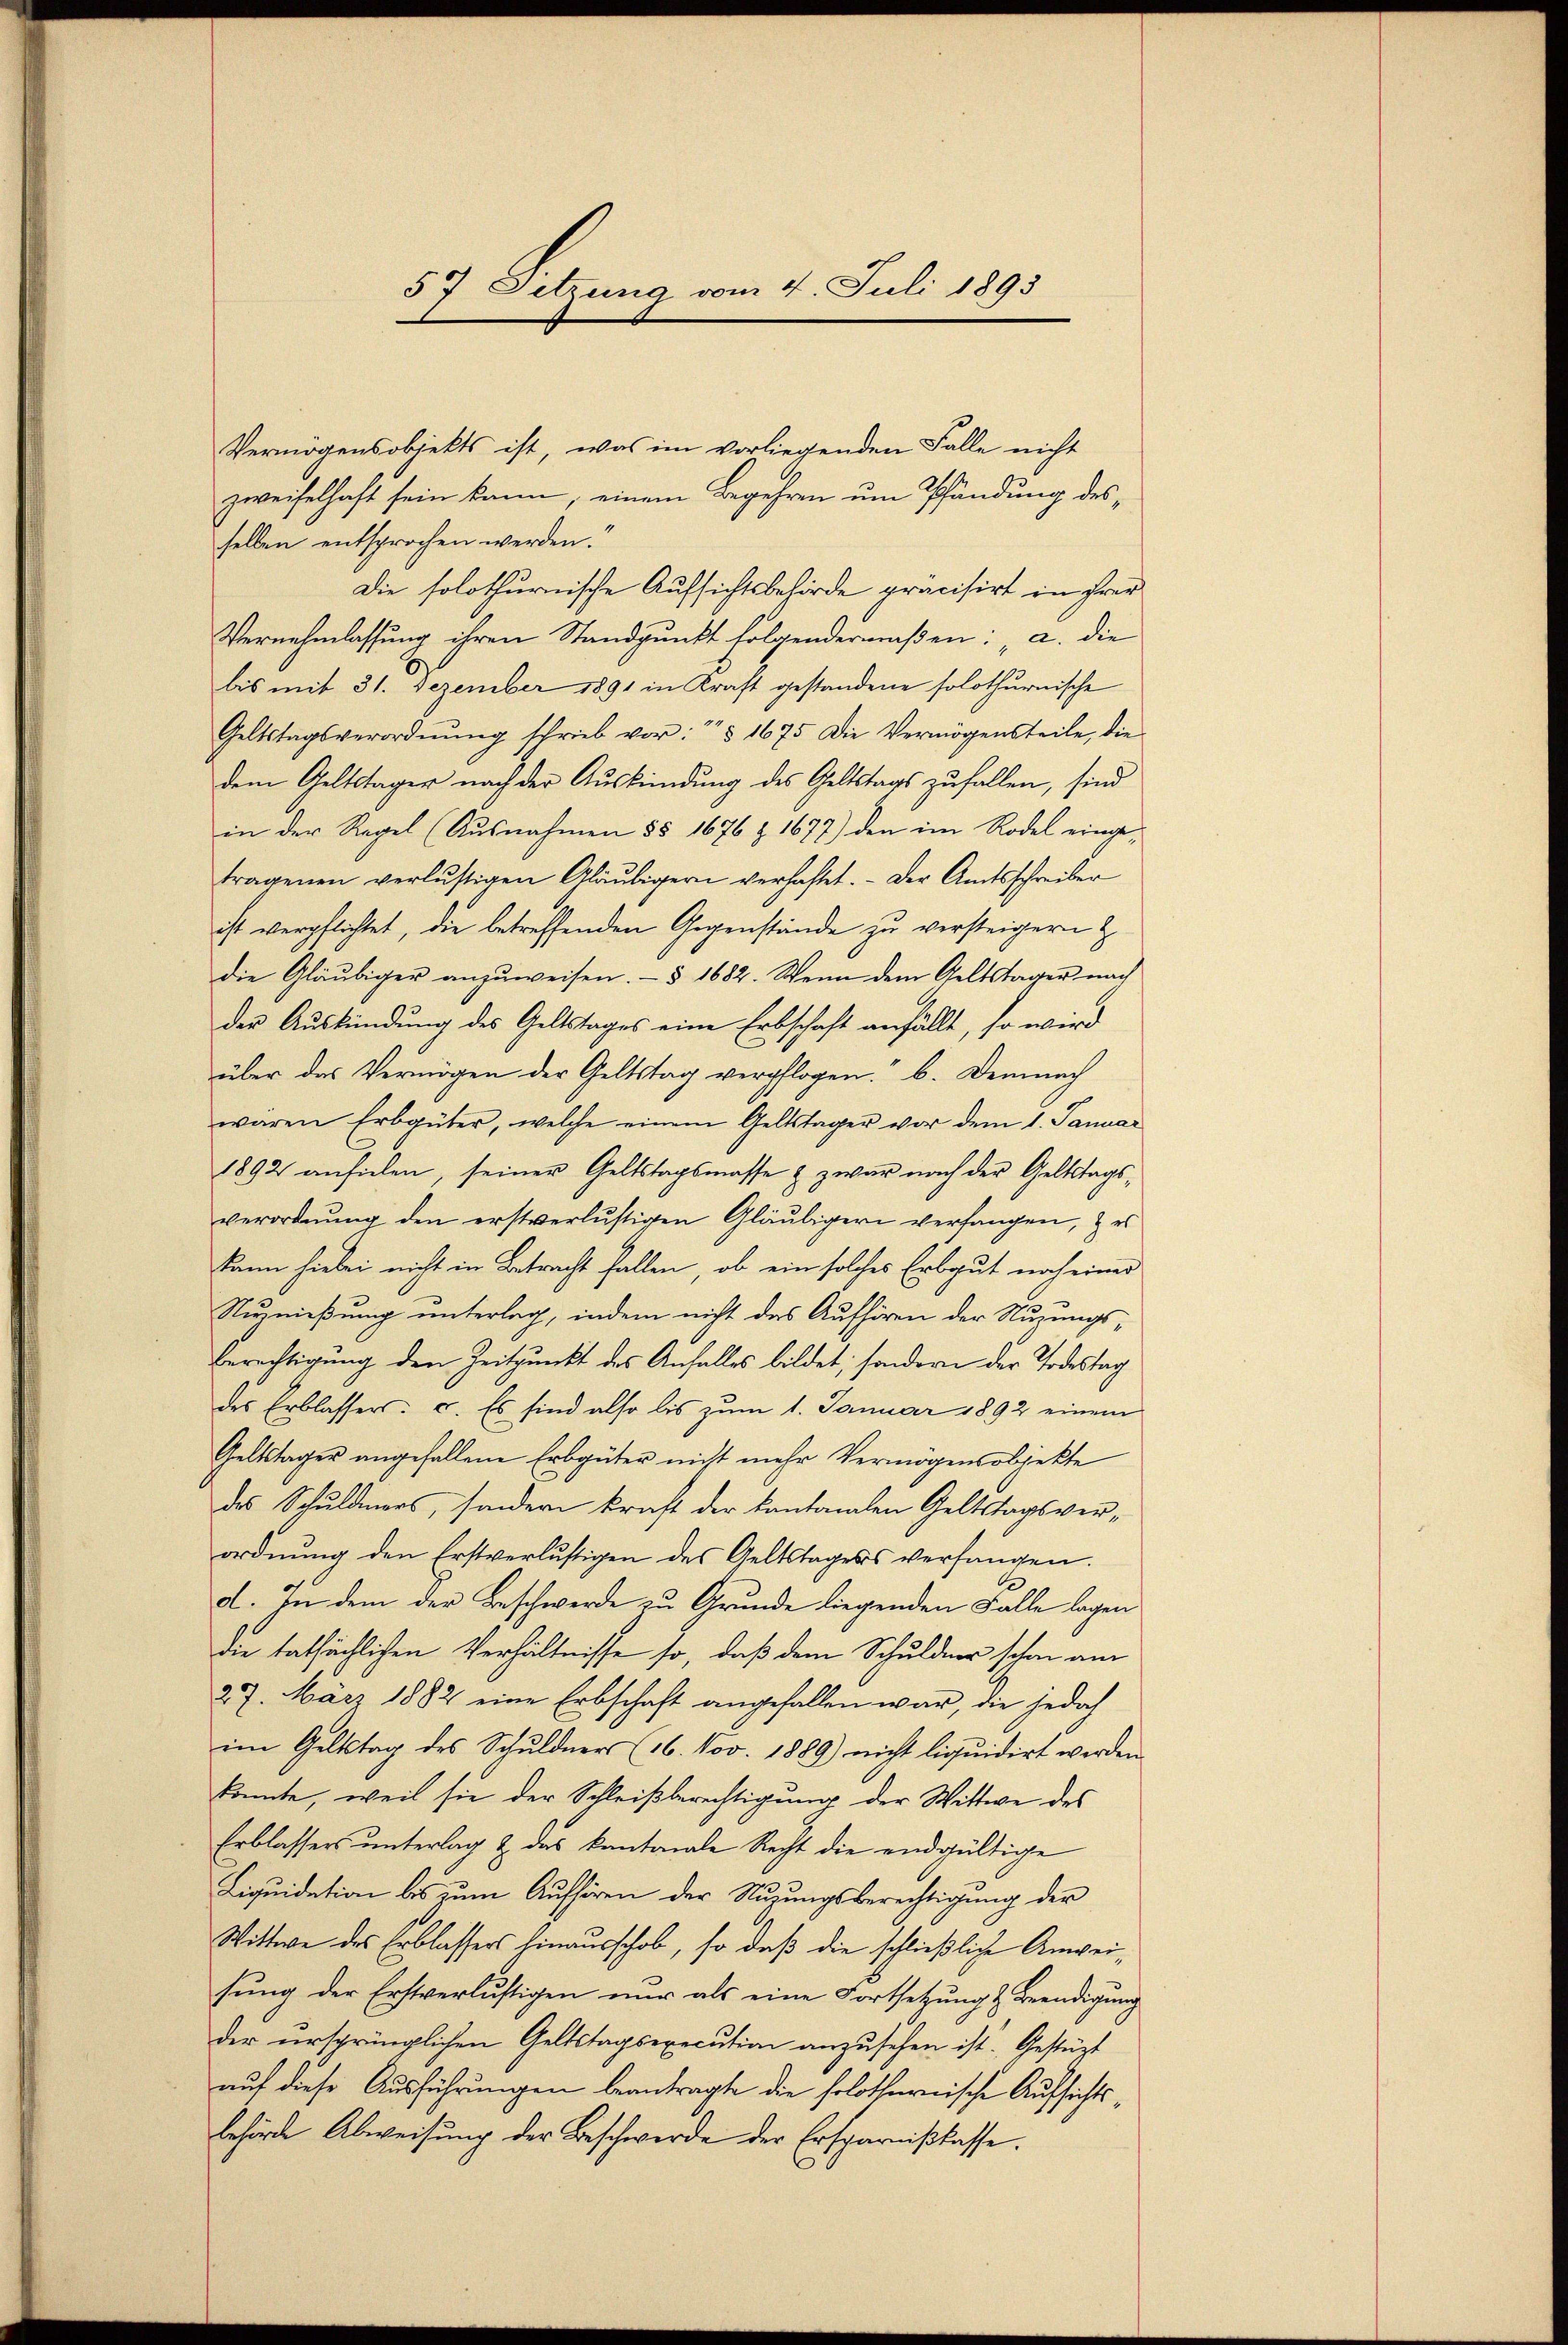
57 Setzung vom 4. Juli 1893

Vermögensobjekts ist, was im vorliegenden Falle nicht
zweifelhaft sein kann, einem Begehren um Pfändung des
selben entsprochen werden.
Die solothurnische Aufsichtsbehörde präcisirt in frei
Vernehmlassung ihren Standpunkt folgendermaßen: „a. die
bis mit 31. Dezember 1891 in Kraft gestandene solothurnische
Geltstagsverordnŭng schrieb vor: " " 1675 die Vermögensteile, die
dem Geltstager nach der Auskündung des Geltstags zufallen, sind
in der Regel (Ausnahmen §§ 1676 Z. 1677) den im Rodel eingetragenen verlustigen Gläubigern verhaftet. Der Amtsschreiber
ist verpflichtet, die betreffenden Gegenstände zu versteigern &
die Gläubiger anzŭweisen. § 1682. Wenn dem Geltstager nach
der Auskündung des Geltstages eine Erbschaft anfällt, so wird
über das Vermögen der Geltstag verpflogen.“ b. Demnach
wären Erbgüter, welche einem Geltstager vor dem 1. Januar
1892 anfielen, seiner Geltstagsmasse & zwar nach der Geltstags-
verordnung den erstverlustigen Gläubigern verfangen, zu
kann hiebei nicht in Betracht fallen, ob ein solches Erbgut noch einer
Nuznießung unterlag, indem nicht das Aufhören der Nuzungs¬
Berechtigung den Zeitpunkt des Anfalles bildet; sondern der Todestag
des Erblassers: c. Es sind also bis zum 1. Januar 1892 einem
Geltstager angefallene Erbgüter nicht mehr Vermögensobjekte
des Schuldners, sondern kraft der kantonalen Geltstagsverordnŭng den Erstverlustigen des Geltstagess verfangen.
d. In dem der Beschwerde zu Grunde liegenden Falle lagen
die tatsächlichen Verhältnisse so, daß dem Schuldner schon am
27. März 1882 eine Erbschaft angefallen war, die jedoch
im Geltstag des Schuldners (16. Nov. 1889) nicht liquidirt werden.
konnte, weil sie der Schleißberechtigung der Wittwe des
Erblassers ŭnterlag & das kantonale Recht die endgültige
Liquidation bis zum Aufhören der Stuzungsberechtigung der
Wittwe des Erblassers hinausschob, so daß die schließliche Anweisung der Erstverlustigen nur als eine Fortsetzung & Beendigung
der ursprünglichen Geltstagsexecution anzusehen ist. Gestüzt
auf diese Ausführungen beantragte die solothurnische Aufsichtsbehörde Abweisung der Beschwerde der Ersparnißkasse.